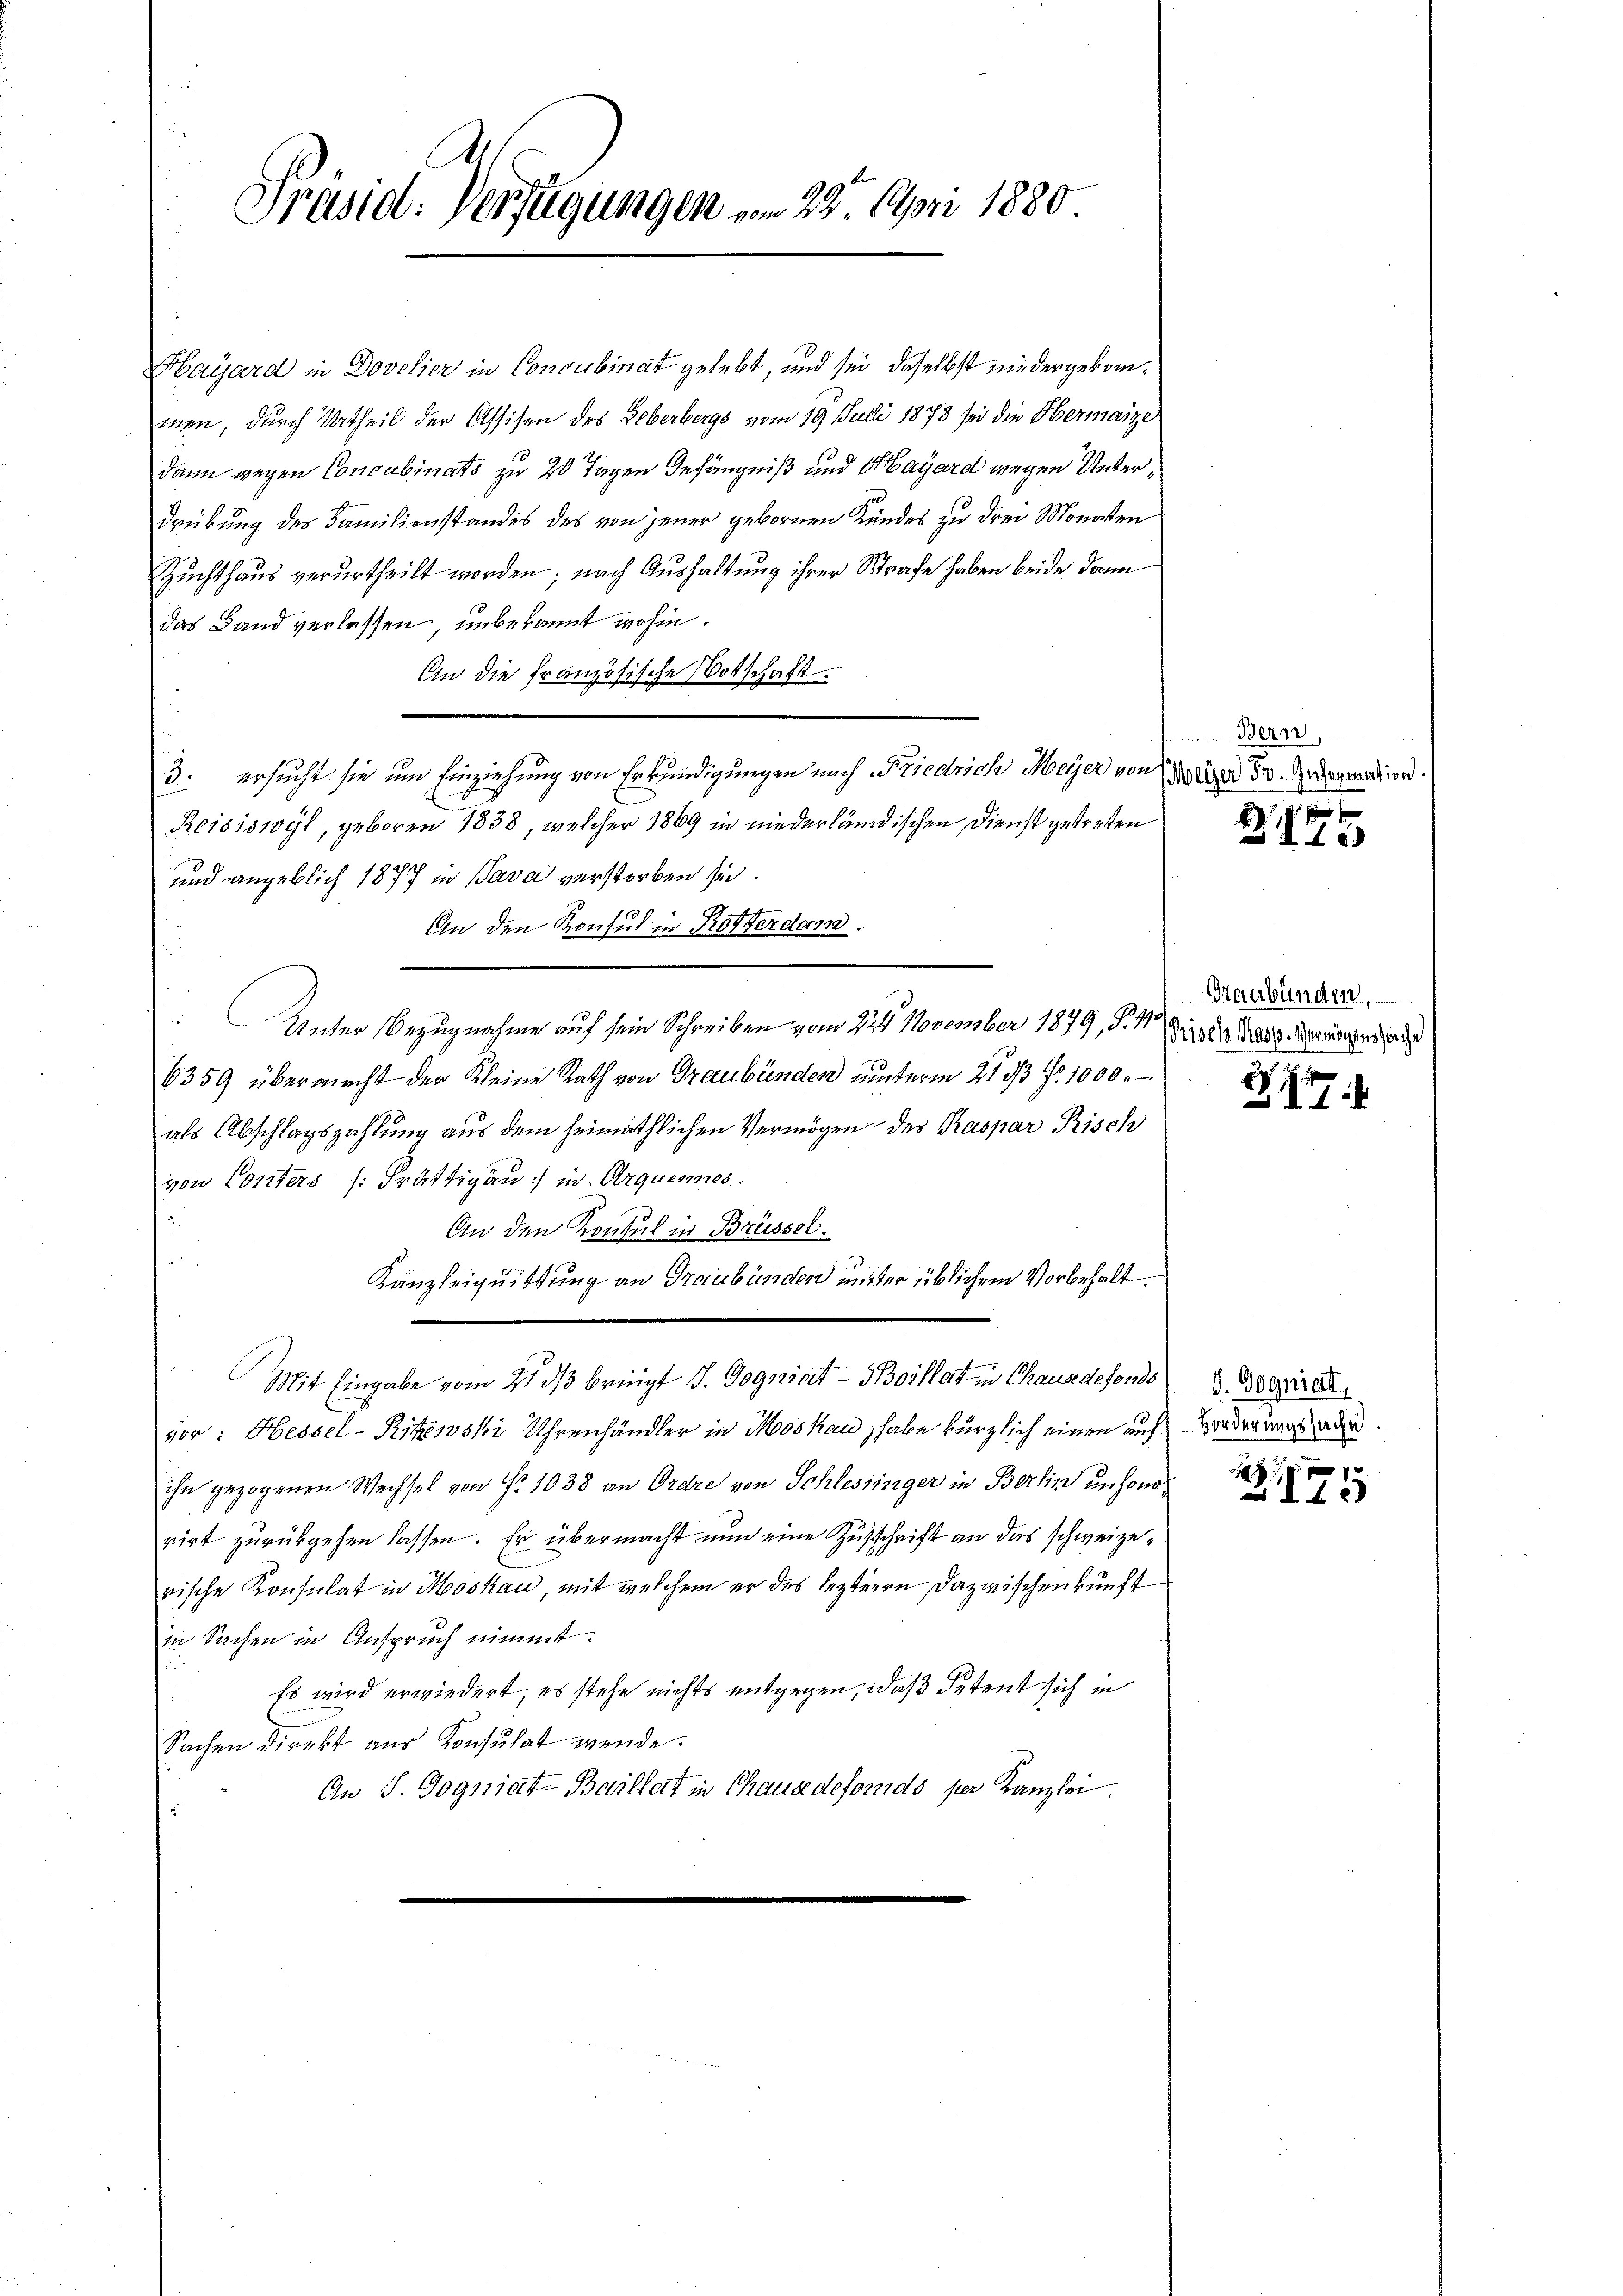
Präsid. Verfügungen vom 28. April 1880

Hayard in Dovelier in Concubinat gelebt, und sei, daselbst niedergekommen, durch Urtheil der Assisen des Leberbergs vom 19. Juli 1873 sei die Hermaize
dann gegen Concubinats zu 20 Tagen Gefängniß und Hayard wegen Unterdrückung des Familienstandes des von jener gebornen Kindes zu drei Monaten
Zuchthaus verurtheilt worden; nach Aushaltung ihrer Strafe haben beide dann
das Land verlassen, unbekannt wohin.
An die französische Vorschaft.
3. ersucht sie um Einziehung von Erkundigungen nach Friedrich Meyer von
Reisiswyl, geboren 1838, welcher 1869 in niederländischen Dienst getreten
und angeblich 1877 in Pava verstorben sich.
An den Konsul in Rotterdam.
 Unter Bezugnahme auf sein Schreiben vom 25te͇n November 1879, S. 11. Dieser dass Beerdiens a
6359 übermacht der Kleine Rath von Graubünden unterm 21. ds Fr. 1000.
als Abschlagszahlung aus dem heimathlichen Vermögen der Kaspar Risch
von Conters (Frättigau: in Arguennes
An den Konsul in Brüssel.
Kanzleiquittung an Graubünden unter üblichem Vorbehalt.
Mit Eingabe vom 21. ds bringt I. Gegniat - Boillat in Chaus defonds
vor: Hessel-Ritewski Uhrenhändler in Moskau habe kürzlich einen auf Borderungsage
ihn gezogenen Wechsel von Fr. 1038 an Ordre von Schlessinger in Berlin unsonorirt zurückgehen lassen. Er übermacht nun eine Zuschrift an das schweizerische Konsulat in Moskau, mit welchem er des leztere Dazwischenkunft
in Sachen in Anspruch nimmt.
Es wird erwiedert, es stehe nichts entgegen, daß Petent sich in
Sachen direkt aus Konsulat werde.
An J. Gogniat Baillett in Chause defonds per Kanzlei.

Bern,
Meyer Sr. Information.
 x

445

Graubünden.

2177

d. Gogniat
p
.

145